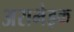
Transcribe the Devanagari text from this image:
अराभेइक